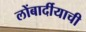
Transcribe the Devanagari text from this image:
लोंबार्दीयाची